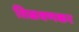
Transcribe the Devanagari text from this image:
तिळवणकर